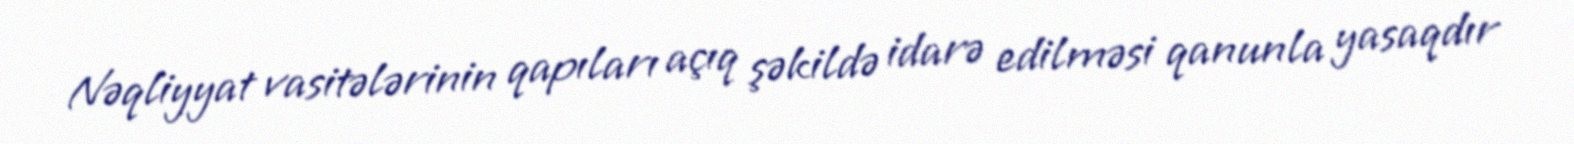
Nəqliyyat vasitələrinin qapıları açıq şəkildə idarə edilməsi qanunla yasaqdır